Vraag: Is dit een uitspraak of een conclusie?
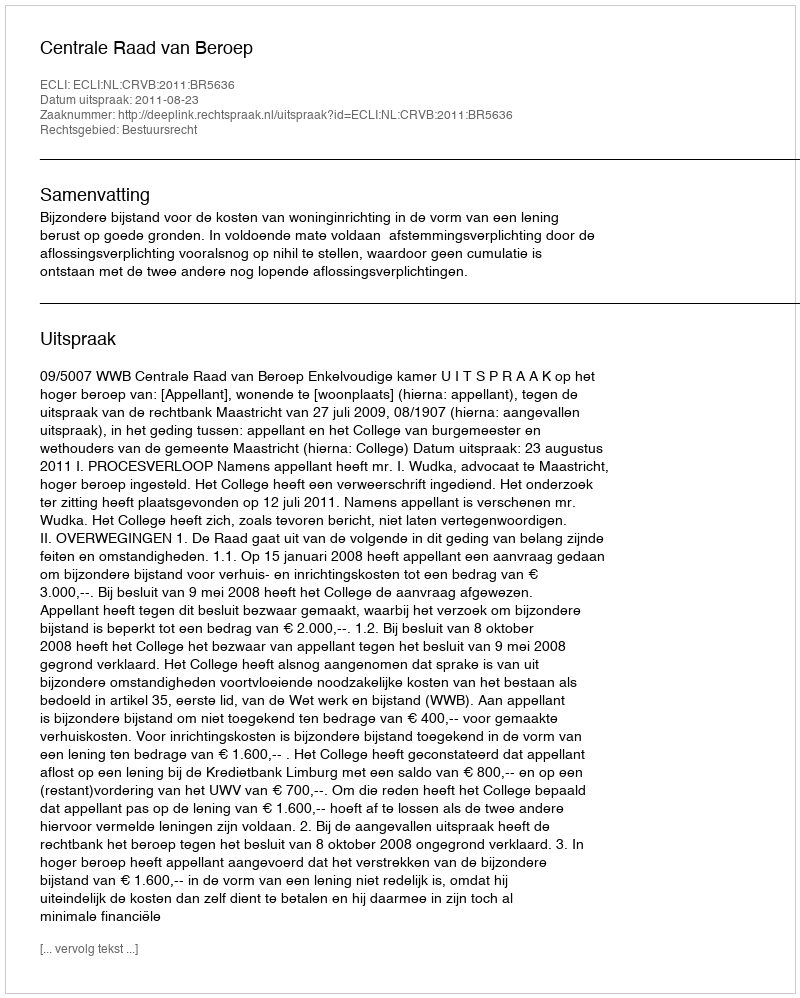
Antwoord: Uitspraak